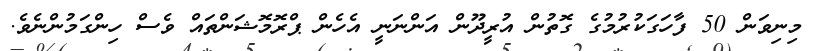
މިނިވަން 50 ފާހަގަކުރުމުގެ ގޮތުން އުރީދޫން އަންނަނީ އެހެން ޕްރޮމޮޝަންތައް ވެސް ހިންގަމުންނެވެ.